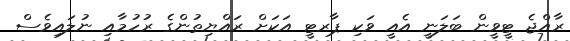
ރާއްޖެ ޓީވީން ބަލަނީ އެއީ ވަކި ޕާރޓީ އަކަށް ރައްޔިތުންގެ ރުހުމާއި ނުލައިވެސް